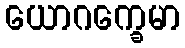
ယောဂက္ခေမာ